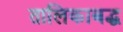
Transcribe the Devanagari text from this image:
तालिकाबद्ध